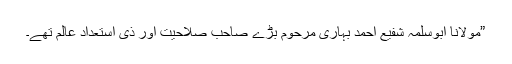
”مولانا ابوسلمہ شفیع احمد بہاری مرحوم بڑے صاحبِ صلاحیت اور ذی استعداد عالم تھے۔